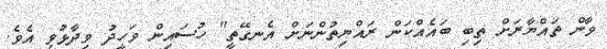
ވާން ތައްޔާރަށް ތިބި ބައެއްކަން ރައްޔިތުންނަށް އެނގޭތީ" ހުސައިން ވަހީދު ވިދާޅުވި އެވެ.